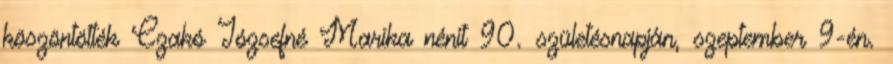
köszöntötték Czakó Józsefné Marika nénit 90. születésnapján, szeptember 9-én.